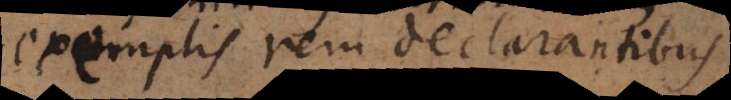
exemplis rem declarantibus